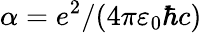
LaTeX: \alpha=e^{2}/(4\pi\varepsilon_{0}\hbar c)